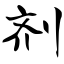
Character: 剂